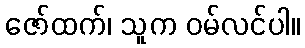
ဇော်ထက်၊ သူက ဝမ်လင်ပါ။